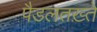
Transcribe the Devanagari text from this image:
पैडलतख़्ते